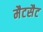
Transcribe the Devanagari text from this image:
मैटसैट